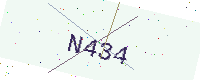
Text: N434